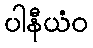
ပါနီယံဝ